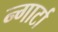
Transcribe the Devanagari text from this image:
न्गार्टा